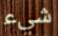
شيء